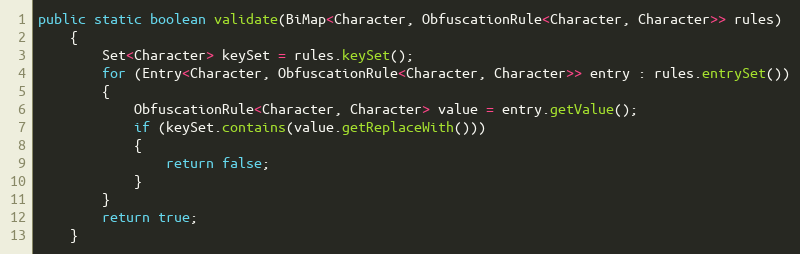
Language: Java
public static boolean validate(BiMap<Character, ObfuscationRule<Character, Character>> rules)
	{
		Set<Character> keySet = rules.keySet();
		for (Entry<Character, ObfuscationRule<Character, Character>> entry : rules.entrySet())
		{
			ObfuscationRule<Character, Character> value = entry.getValue();
			if (keySet.contains(value.getReplaceWith()))
			{
				return false;
			}
		}
		return true;
	}